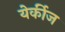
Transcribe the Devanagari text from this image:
येर्कीज